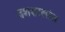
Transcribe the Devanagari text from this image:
दशशालांत